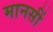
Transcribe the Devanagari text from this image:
मानसीं